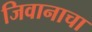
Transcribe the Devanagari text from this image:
जिवानाचा